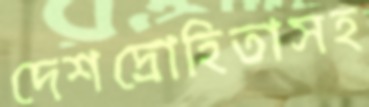
দেশদ্রোহিতাসহ